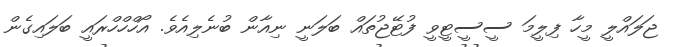
ޖަލައްލީ މީހާ ފިލީމަ ސީސީޓީވީ ފުޓޭޖުތައް ބަލަނީ ނިއާން ބުނެލިއެވެ. އޯހްހްހްރައީ ބަލައިގެން